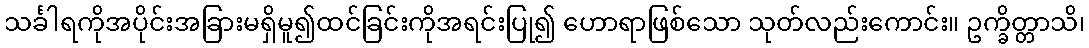
သင်္ခါရကိုအပိုင်းအခြားမရှိမူ၍ထင်ခြင်းကိုအရင်းပြု၍ ဟောရာဖြစ်သော သုတ်လည်းကောင်း။ ဥက္ခိတ္တာသိ၊